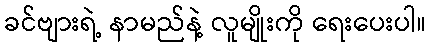
ခင်ဗျားရဲ့ နာမည်နဲ့ လူမျိုးကို ရေးပေးပါ။